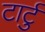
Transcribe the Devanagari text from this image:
टार्टु